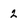
Character: 2